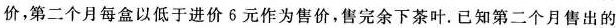
价，第二个月每盒以低于进价6元作为售价，售完余下茶叶。已知第二个月售出的